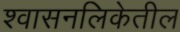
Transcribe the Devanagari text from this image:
श्वासनलिकेतील